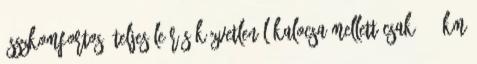
összkomfortos. Teljes leírás Közvetlenül Kalocsa mellett csak 7.4 km